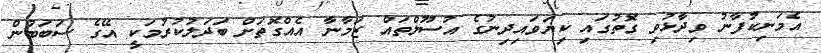
އެމަނިކުފާނު ވިދާޅުވި ގޮތުގައި ކިޔަވައިދިނުގެ އުސޫލްތައް ޒަމާނާ އެއްގޮތަށް ބަދަލުކުރުމަކީ އޭގެ ސަބަބުން